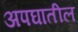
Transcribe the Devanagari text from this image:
अपघातील